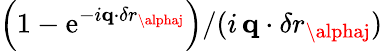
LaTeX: \left(1-\mathrm{e}^{-i{\mathbf{q}}\cdot{\mathbf{\delta}r}_{\alphaj}}\right)/(i\, {\mathbf{q}}\cdot{\mathbf{\delta}r}_{\alphaj})